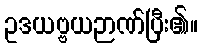
ဥဒယဗ္ဗယဉာဏ်ပြီး၏။